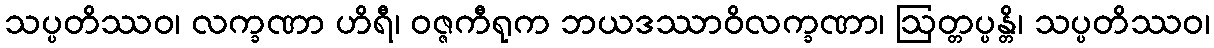
သပ္ပတိဿဝ၊ လက္ခဏာ ဟိရီ၊ ဝဇ္ဇကီရုက ဘယဒဿာဝိလက္ခဏာ၊ ဩတ္တပ္ပန္တိ၊ သပ္ပတိဿဝ၊